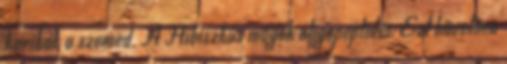
karikák a szemed. A Hibiszkus magok oligopeptidei. Ezt követően